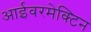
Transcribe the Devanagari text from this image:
आईवरमेक्टिन